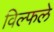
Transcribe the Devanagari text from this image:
विल्फले